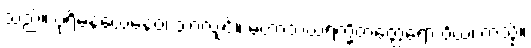
သည်။ ပုရိမနယေနေဝ၊ သာလျှင်။ မဟာသံဃရက္ခိတတ္ထေရော ဝိယ၊ ကဲ့သို့။